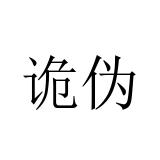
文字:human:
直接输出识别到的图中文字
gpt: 诡伪